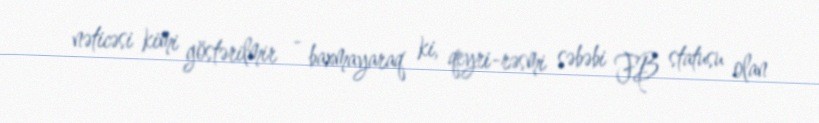
nəticəsi kimi göstərilmir - baxmayaraq ki, qeyri-rəsmi səbəbi FB statusu olan